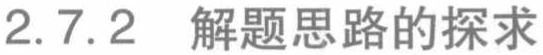
2.7.2 解题思路的探求